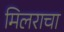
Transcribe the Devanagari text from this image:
मिलराचा